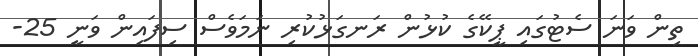
ތިން ވަނަ ސެޓުގައި ޕީކޭގެ ކުޅުން ރަނގަޅުކުރި ނަމަވެސް ސިފައިން ވަނީ 25-